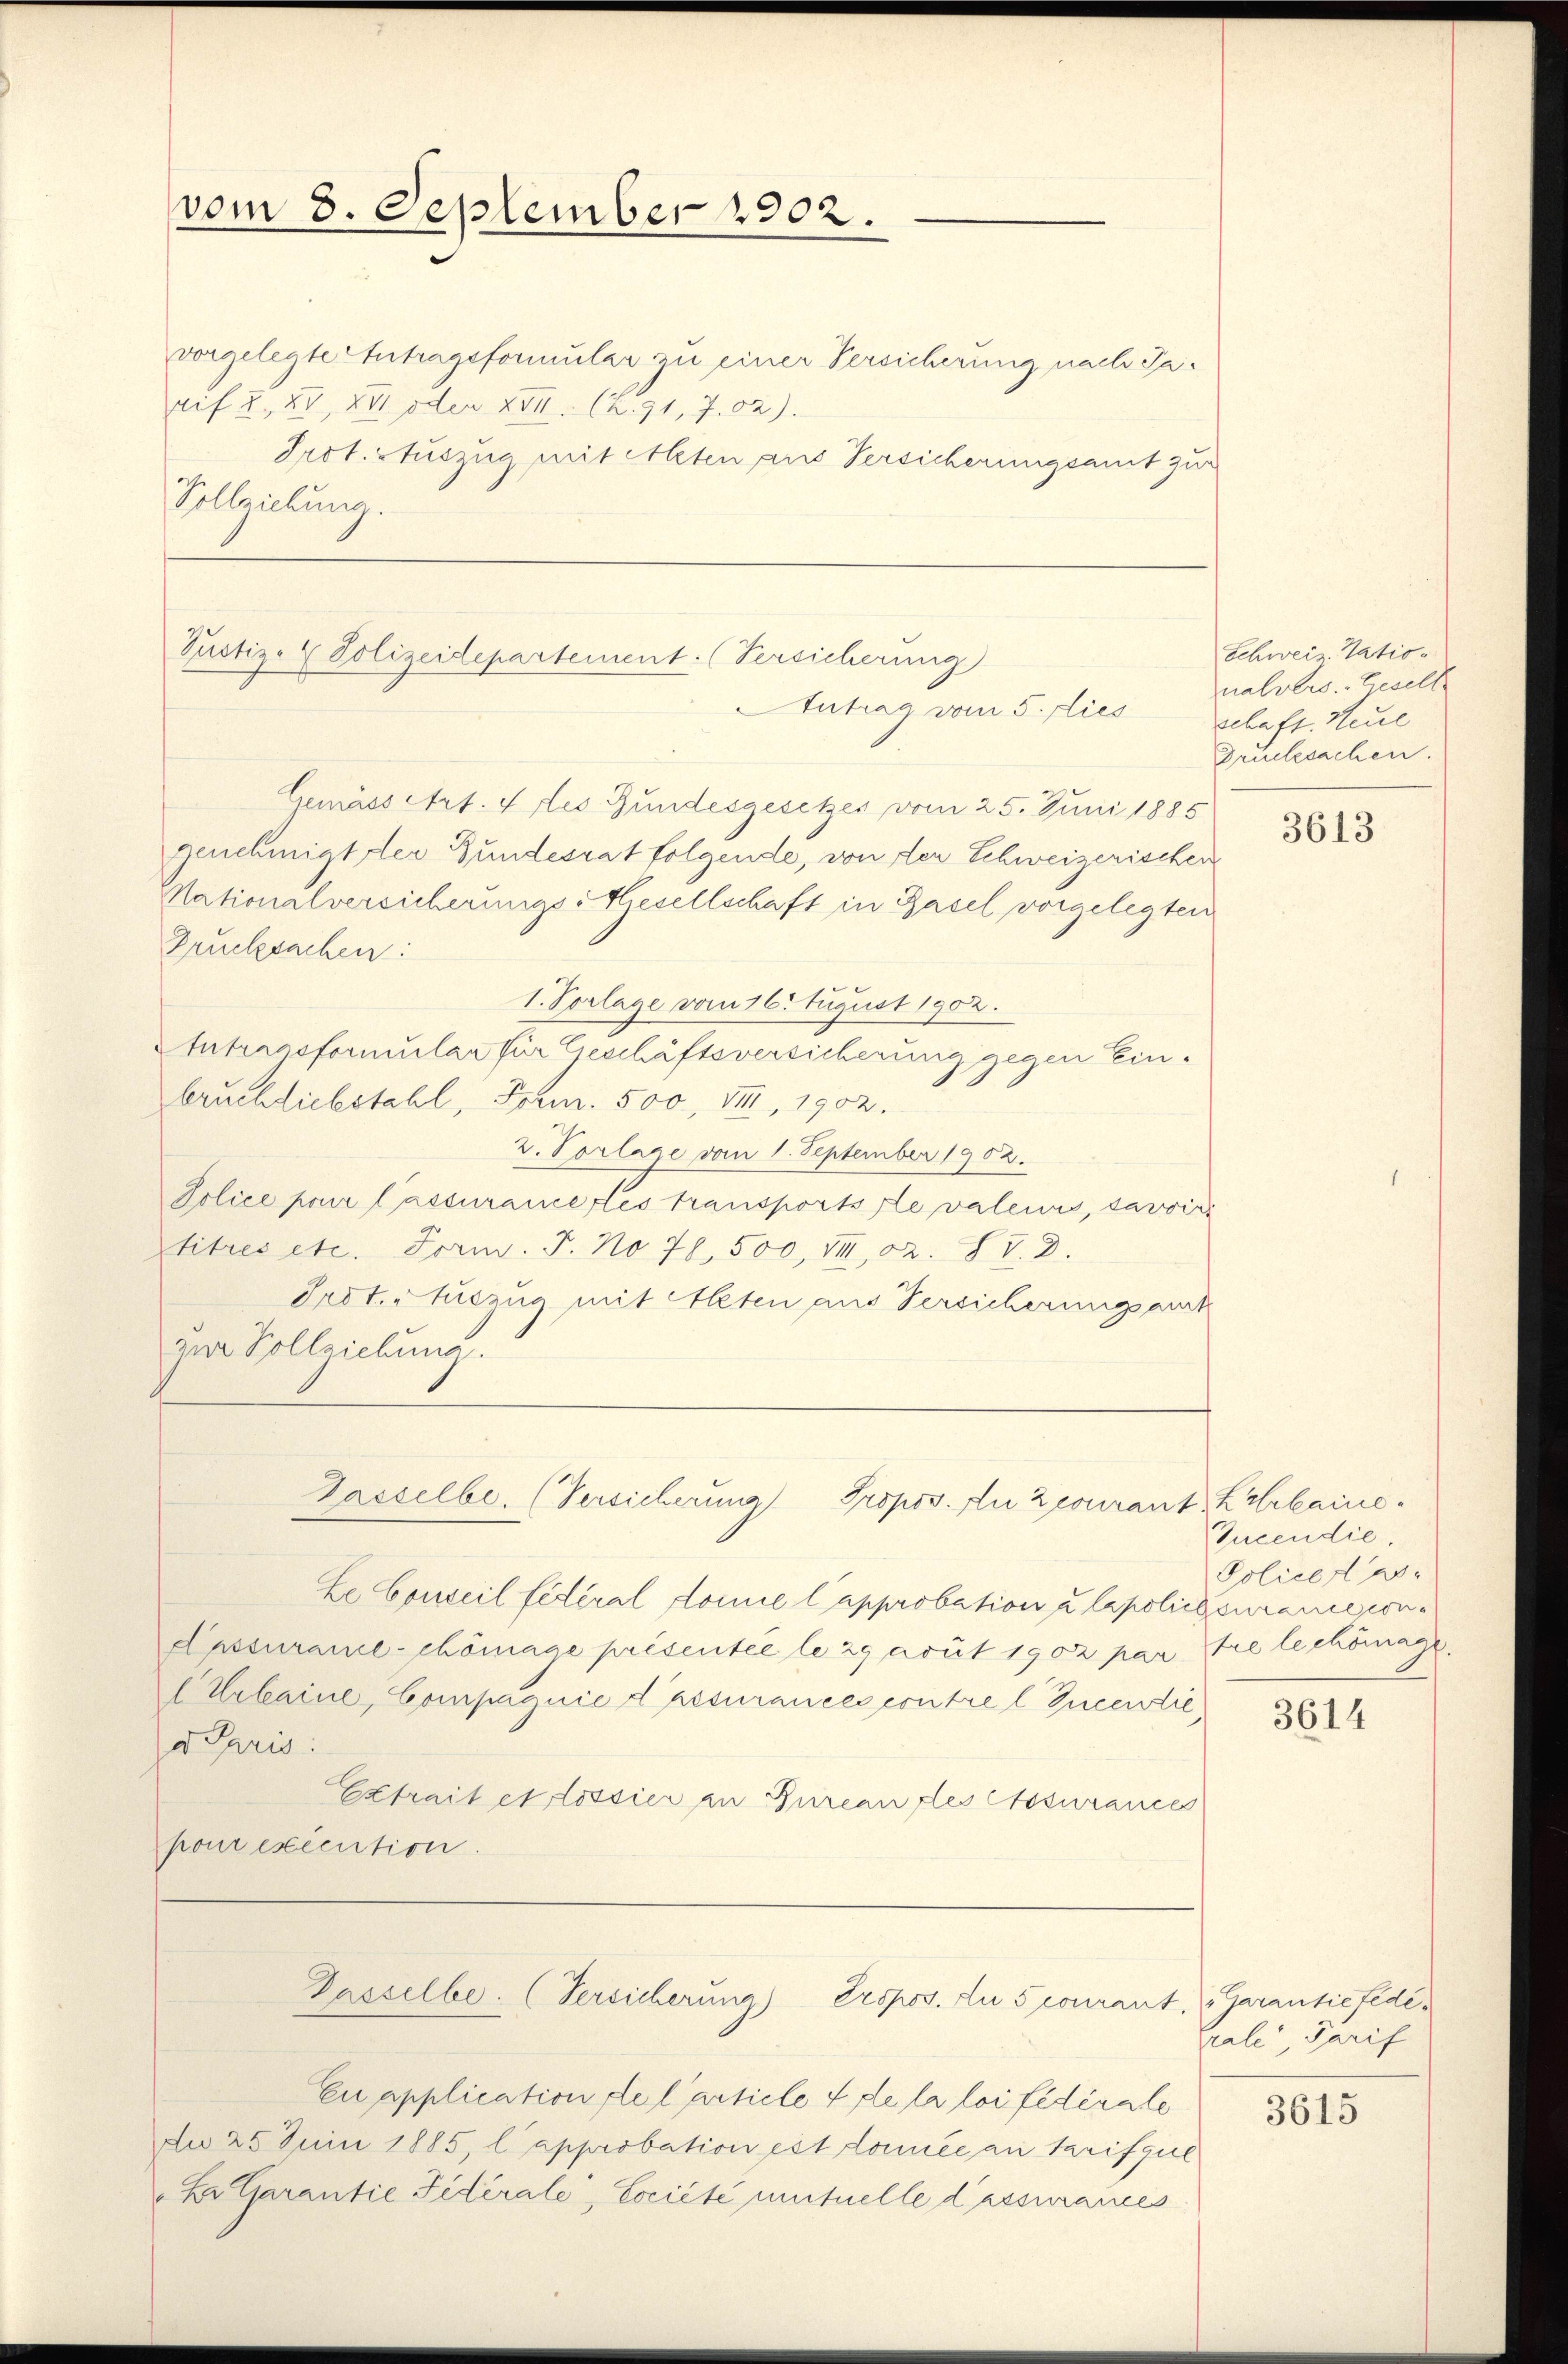
vom 8. September 1902.

vorgelegte Antragsformular zu einer Versicherung nach Jaauf 2, 28, XII oder XVI. (Z. 91, 7. 02).
Prot. Stuszug mit Meten aus Versicherungsamt zur
Vollziehung.

Pustiz- & Polizeidepartement. (Versicherung
Antrag vom 5. dies

Gemäss Art. 4 des Bundesgesetzes vom 25. Juni 1885
genehmigt der Gundesrat folgende, von der Schweizerischen
Nationalversicherungs-Gesellschaft in Basel vorgelegten
Drucksachen:
1. Vorlage vom 16 August 1902.
Antragsformular für Geschäftsversicherung gegen Einbruchliebstahl, Form. 500, VIII, 1902.
2. Vorlage vom 1. September 1902.
Police pour l’assurance des transportsste valeurs, savoir
titres etc. Form. J. No 78, 500, VII, 2. IV. D.
Irot. Auszug mit Alten aus Versicherungsant
zur Vollziehung.
Gasselbe. (Versicherung Propos. An Zcourant Karlaine¬
Le Conseil fédéral domie lapprobation u lapolicecurance con¬
Passurame-chönage présentée le 29 avut 1902 par die lechtmage
(Urbaine, Compagnie dessurances contre l Incentie,
a Paris:
Extrait et lossier in Bureau des Cosurances
pour exécution.

Dasselbe. (Versicherung) Propos. Du 5 romant. Garantie fedi¬

Eu application de l’article 4 de la loi fédérale
An 25 Juin 1885, l’approbation est donnée au tarifgul
Er Garantie Tidérale, Cociété intuelle d’assurances

Schweiz. Tationalvers. Gesell
schaft. Heul
Drucksachen.

3613

Iucendie.
Policet er¬

3614

Grale, Parif

3615